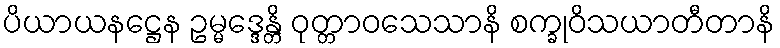
ပိယာယနဋ္ဌေန ဥမ္မဒ္ဒေန္တိ ဝုတ္တာဝသေသာနိ စက္ခုဝိသယာတီတာနိ